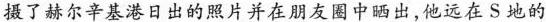
摄了赫尔辛基港日出的照片并在朋友圈中晒出，他远在S地的